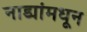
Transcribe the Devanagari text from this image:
नाड्यांमधून